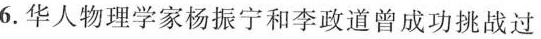
6.华人物理学家杨振宁和李政道曾成功挑战过